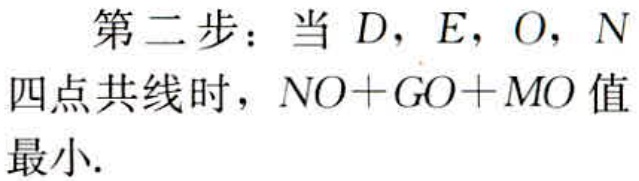
第二步：当 \(D\)，\(E\)，\(O\)，\(N\) 四点共线时，\(NO + GO+MO\) 值最小.